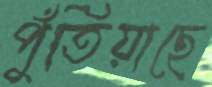
পুঁতিয়াছে